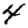
Digit: 4